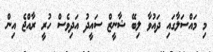
މި މައްސަލާގައި ދައުވާ ލިބޭ ޝާނީޒް ސައީދު އަދިވެސް ހުރީ ރާއްޖެ އިން